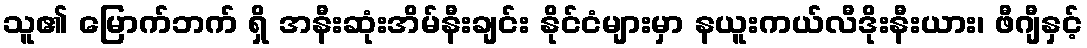
သူ၏ မြောက်ဘက် ရှိ အနီးဆုံးအိမ်နီးချင်း နိုင်ငံများမှာ နယူးကယ်လီဒိုးနီးယား၊ ဖီဂျီနှင့်